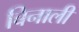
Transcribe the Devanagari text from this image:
बिनाली